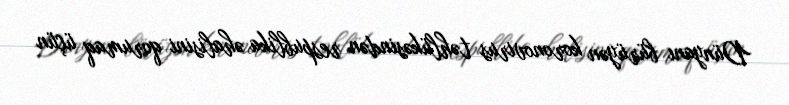
Dünyanı bürüyən koronovirus təhlükəsindən respublika əhalisini qorumaq üçün